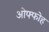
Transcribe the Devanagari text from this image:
ओफ्फोह